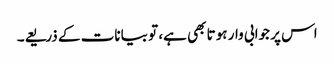
اس پر جوابی وار ہوتا بھی ہے، تو بیانات کے ذریعے۔